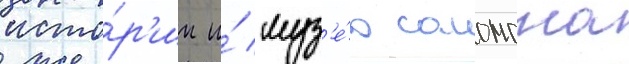
исто́р'ии и́ муз'е́ю соломона